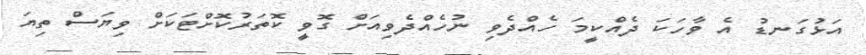
އަޅުގަނޑު އެ ވާހަކަ ދެއްކީމަ ހެއްދެވި ނުހެއްދެވިއަށް ގޮވީ ކޮތަރުކޮށްޓަކަށް ވިޔަސް ތިޔަ